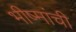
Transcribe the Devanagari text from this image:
भीष्मांची